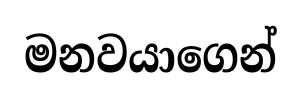
මනවයාගෙන්